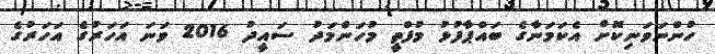
ހުންނަވަނިކޮށް އެކަމަނާގެ ބައްޕާފުޅު މުފްތީ މުހަންމަދު ސައީދު 2016 ވަނަ އަހަރުގެ އަހަރުގެ